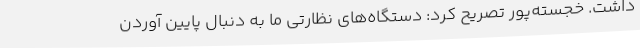
داشت. خجسته‌پور تصریح کرد: دستگاه‌های نظارتی ما به دنبال پایین آوردن